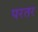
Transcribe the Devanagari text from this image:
परतर